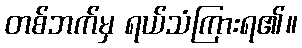
တစ်ဘက်မှ ရယ်သံကြားရ၏။